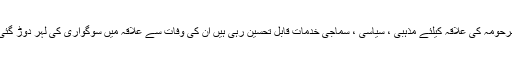
مرحومہ کی علاقہ کیلئے مذہبی ، سیاسی ، سماجی خدمات قابل تحسین رہی ہیں ان کی وفات سے علاقہ میں سوگواری کی لہر دوڑ گئی۔